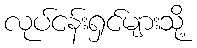
လုပ်ငန်းရှင်များသို့